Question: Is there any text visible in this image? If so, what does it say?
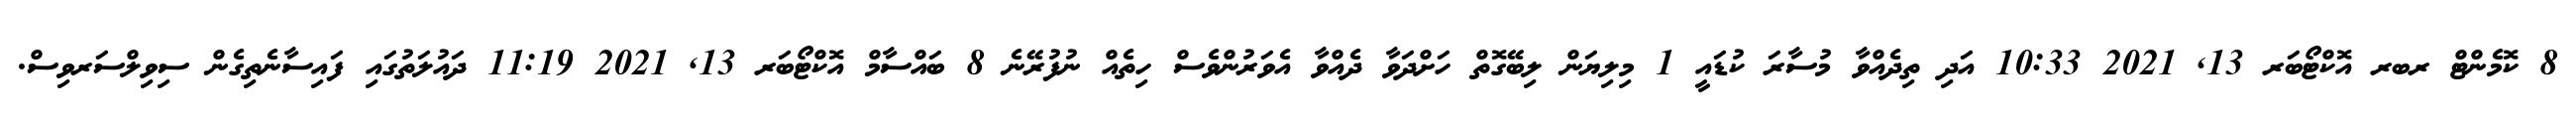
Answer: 8 ކޮމެންޓް ރބރ އޮކްޓޯބަރ 13, 2021 10:33 އަދި ތިދެއްވާ މުސާރަ ކުޑައީ 1 މިލިޔަން ލިބޭގޮތް ހަށްދަވާ ދެއްވާ އެވަރުންވެސް ހިތެއް ނުފުރޭނެ 8 ބައްސާމް އޮކްޓޯބަރ 13, 2021 11:19 ދައުލަތުގައި ފައިސާނެތިގެން ސިވިލްސަރވިސް.